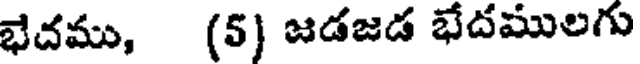
భేదము, (5) జడజడ భేదములగు